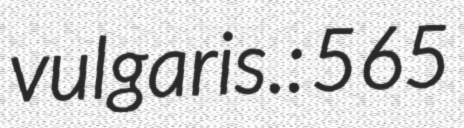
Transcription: vulgaris.: 565